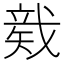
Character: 𥏛